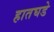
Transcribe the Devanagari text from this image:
हातघडे